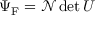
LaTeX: \Psi _ { \mathrm { { F } } } = { \mathcal { N } } \det U